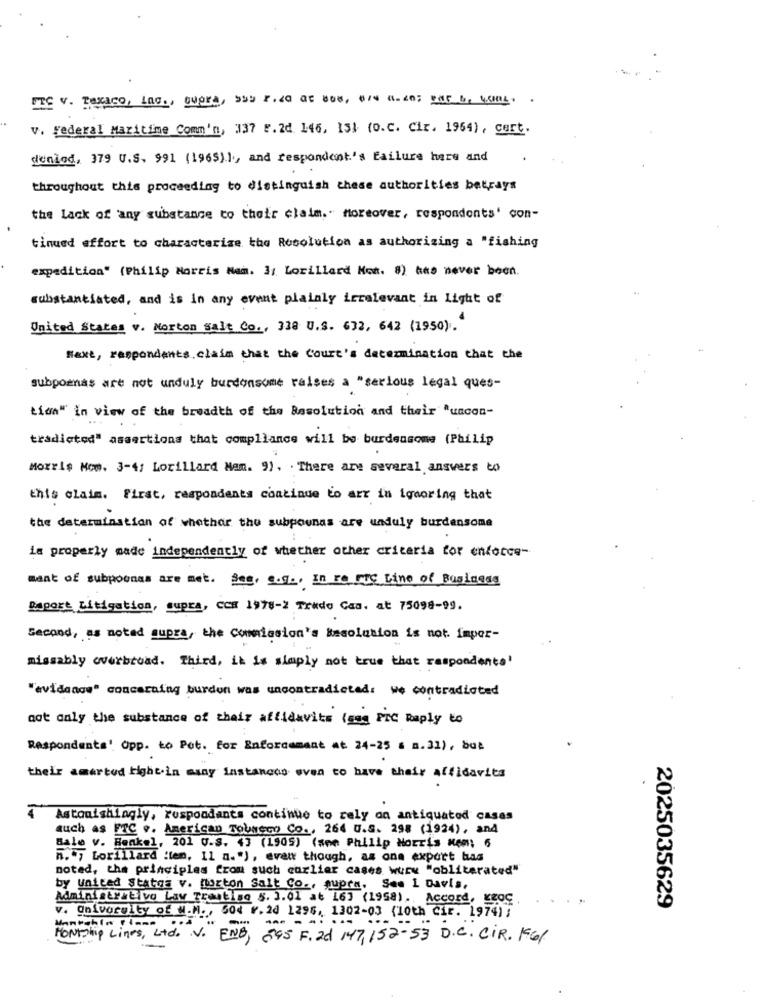
FTC V. Texaco, Lac ., BUORA, SUD F.40 at 800, 0/4 0.60; Por b. 40ML. .
v. Federal Maritime Comm'n, 137 F. 2d 146, 131 (o.C. Cir. 1964) , cert.
denied, 379 U.S. 991 (1965)), and respondent's failure hare and
throughout this proceeding to distinguish these authorities betrays
the lack of any substance to their claim." Moreover, respondents' con-
timed effort to characterize the Resolution as authorizing a "fishing
expedition" (Philip Morris Nam. 3: Lorillard Mon. 8) has never been.
substantiated, and is in any event plainly irrelevant in Light of
United States v. Norton salt Co ., 338 U.S. 632, 642 (1950).
Next, respondents claim that the Court's determination that the
subpoenas are not unduly burdonsome raises a "serious legal ques-
tion" in view of the breadth of the Resolution and their "uncon-
tradictod" assertions that compliance will be burdensome (Philip
Morris Nom. 3-4: Lorillard Man. 9) , . There are several answers to
this claim. First, respondents continue to arr in ignoring that
the determination of whether the subpoenas are unduly burdensome
is properly made independently of whether other criteria for enforce-
mant of subpoenas are met. See, s.g ., In re MIC Line of Baglesss
Raport Litigation, supra, CCR 1978-2 Trudo Caa. at 75098-99.
Second, as noted supra, the Commission's Resolution is not. impor-
missably overbroad. Third, it is simply not true that respondents'
"avidanow" concaraing burdon was uncontradicted: we contradicted
not only the substance of their affidavits (gas PrC Reply to
Respondents' Opp. to Pot. for Enforcement At 24-25 6 m.31), but
their amarted right-in many instances even to have their affidavits
4 Astonishingly, respondents continue to rely on antiquated casas
auch as FTC .. American Tobacco Co ., 264 U.S. 298 (1924), and
Bale v. Henkel, 201 q.s. () (1905) (sem Philip Morris Kem; 6
n. 47 Lorillard :tem, 11 a."), even though, as one export bas
noted, the principles from such curliar cases wurw "obliterated"
by United States v. morton Salt Co ., supra. See I Davis,
Administrativo Lav Troublse 5. 3.01 at 163 (1958) ., Accord, KEOg ,
2025035629
v. Univocoity of M.M ., God w. 20 1296, 1302-03 (10th Cir. 1974) ;
Monthla ! Iam
MONTShip Lines, Ltd. V. ENB, 595 F. 2d 147, 152-53 D. C. CIR. 16/